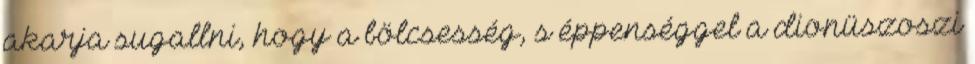
akarja sugallni, hogy a bölcsesség, s éppenséggel a dionüszoszi